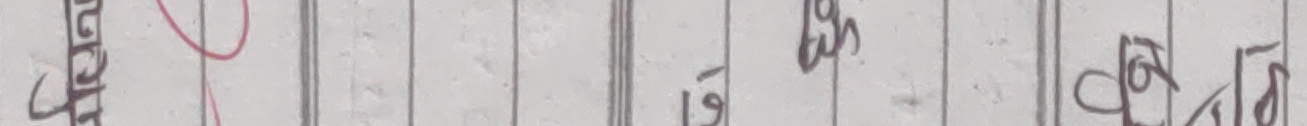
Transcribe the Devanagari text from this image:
घोषणापत्र 16 कार्यक्रम